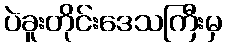
ပဲခူးတိုင်းဒေသကြီးမှ